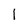
Character: 1